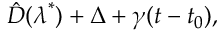
\hat { D } ( \boldsymbol { \lambda } ^ { * } ) + \Delta + \gamma ( t - t _ { 0 } ) ,